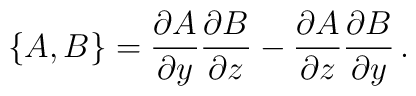
\{A,B\} = {\partial A\over\partial y} {\partial B\over\partial z} -{\partial A\over\partial z}{\partial B\over\partial y}\,.